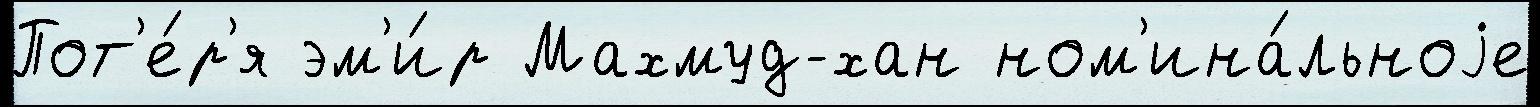
Пот'е́р'я эм'и́р Махмуд-хан ном'ина́льноjе